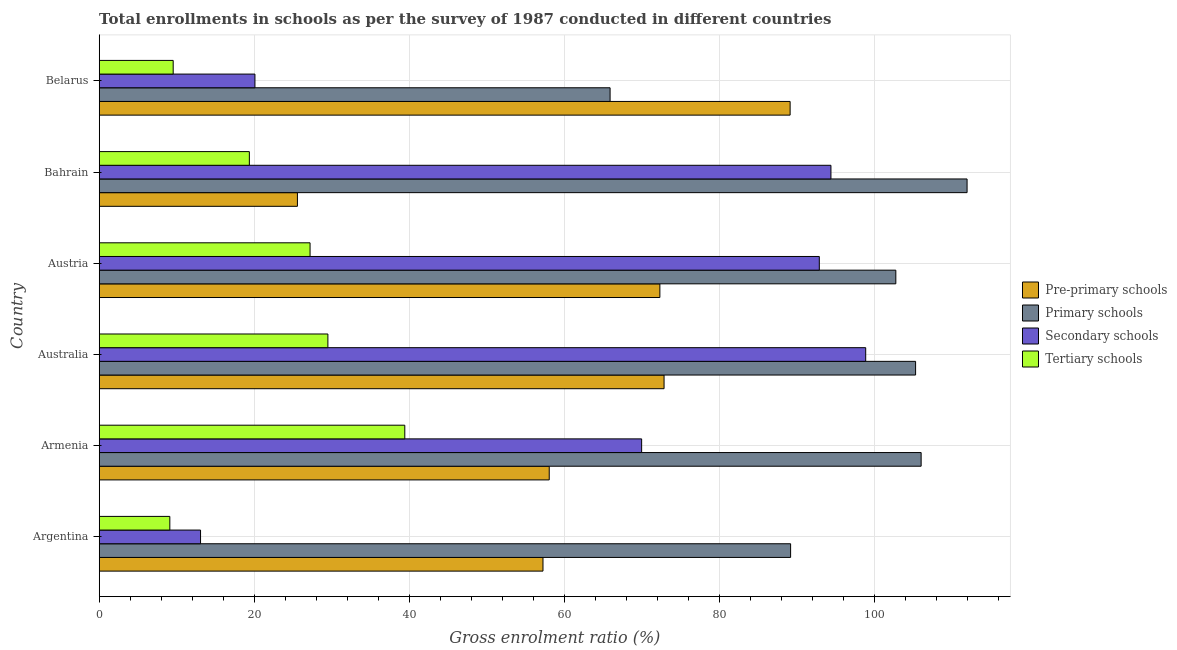
| Country | Pre-primary schools | Primary schools | Secondary schools | Tertiary schools |
 | --- | --- | --- | --- | --- |
 | Argentina | 57.2 | 89.2 | 13.1 | 9.11 |
 | Armenia | 58 | 106 | 70 | 39.4 |
 | Australia | 72.9 | 105 | 98.9 | 29.5 |
 | Austria | 72.3 | 103 | 92.9 | 27.2 |
 | Bahrain | 25.6 | 112 | 94.4 | 19.4 |
 | Belarus | 89.1 | 65.9 | 20.1 | 9.54 |